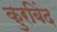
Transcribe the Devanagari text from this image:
कुरबिंद